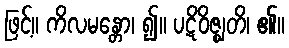
ဖြင့်။ ကိလမန္တော၊ ၍။ ပဋိဝိဇ္ဈတိ၊ ၏။